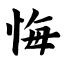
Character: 悔